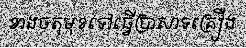
ខាងចតុមុខទៅធ្វើប្រាសាទគ្រឿង